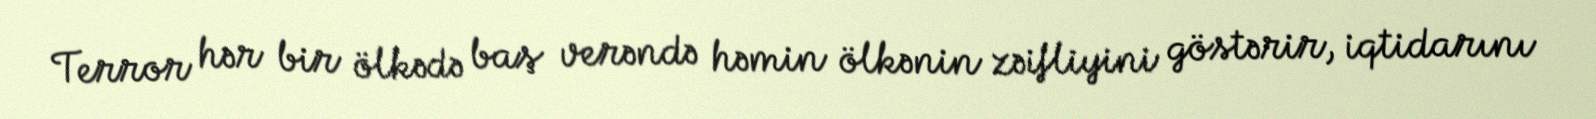
Terror hər bir ölkədə baş verəndə həmin ölkənin zəifliyini göstərir, iqtidarını